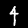
Digit: 4